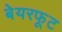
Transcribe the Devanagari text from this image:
बेयरफूट